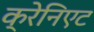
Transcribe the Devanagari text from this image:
क्रेनिएट